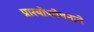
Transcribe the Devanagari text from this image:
प्रारयोपवेषनाने